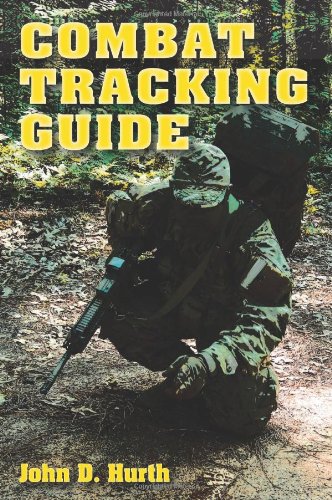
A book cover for Combat Tracking Guide; John D. Hurth; History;